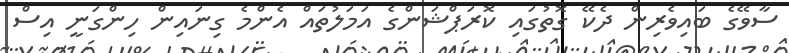
ސާވޭގެ ބައިވެރިން ދެކޭ ގޮތުގައި ކޮރަޕްޝަންގެ އަމަލުތައް އެންމެ ގިނައިން ހިންގަނީ އިސް